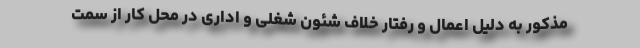
مذکور به دلیل اعمال و رفتار خلاف شئون شغلی و اداری در محل کار از سمت